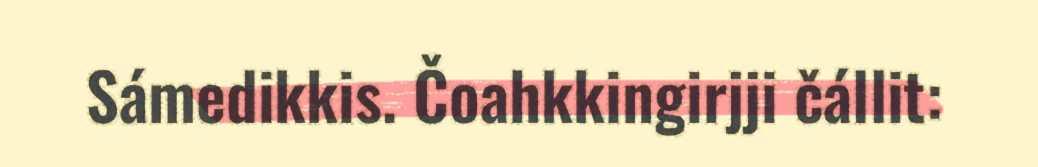
Sámedikkis. Čoahkkingirjji čállit: